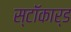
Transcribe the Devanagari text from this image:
स्टॉकार्ड